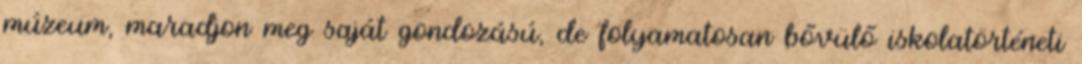
múzeum, maradjon meg saját gondozású, de folyamatosan bővülő iskolatörténeti